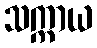
သက္ကာယ